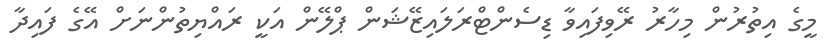
މީގެ އިތުރުން މިހާރު ރޭވިފައިވާ ޑިސެންޓްރަލައިޒޭޝަން ޕްލޭން އަކީ ރައްޔިތުންނަށް އޭގެ ފައިދާ